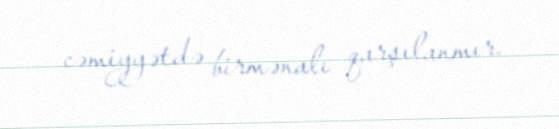
cəmiyyətdə birmənalı qarşılanmır.